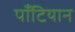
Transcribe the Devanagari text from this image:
पॉँटियान